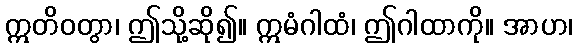
ဣတိဝတွာ၊ ဤသို့ဆို၍။ ဣမံဂါထံ၊ ဤဂါထာကို။ အာဟ၊